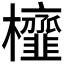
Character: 𭬹